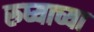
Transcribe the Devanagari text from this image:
रुघ्याच्या